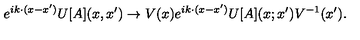
e ^ { i k \cdot ( x - x ^ { \prime } ) } U [ A ] ( x , x ^ { \prime } ) \to V ( x ) e ^ { i k \cdot ( x - x ^ { \prime } ) } U [ A ] ( x ; x ^ { \prime } ) V ^ { - 1 } ( x ^ { \prime } ) .